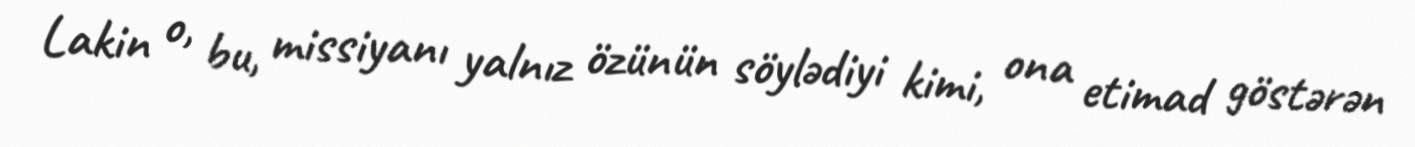
Lakin o, bu, missiyanı yalnız özünün söylədiyi kimi, ona etimad göstərən